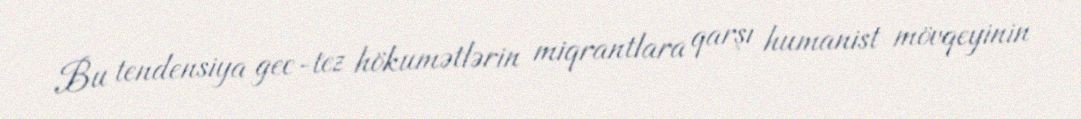
Bu tendensiya gec-tez hökumətlərin miqrantlara qarşı humanist mövqeyinin